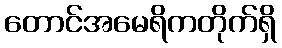
တောင်အမေရိကတိုက်ရှိ